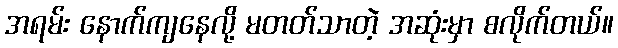
အရမ်း နောက်ကျနေလို့ မတတ်သာတဲ့ အဆုံးမှာ စလိုက်တယ်။